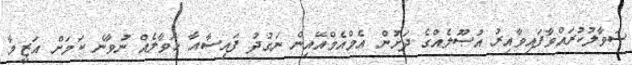
ސުވާލުކުރައްވާފައިވާއިރު އުޞޫލެއްގެ ދަށުން އެމްއެމްއޭއިން ނަގުދު ފައިސާއާ ޙަވާލެއް ނުވާނެ ކަމަށް އަޒީމާ